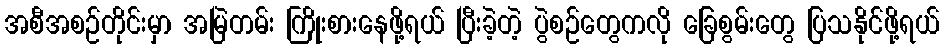
အစီအစဉ်တိုင်းမှာ အမြဲတမ်း ကြိုးစားနေဖို့ရယ် ပြီးခဲ့တဲ့ ပွဲစဉ်တွေကလို ခြေစွမ်းတွေ ပြသနိုင်ဖို့ရယ်